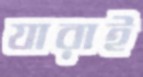
যারাই